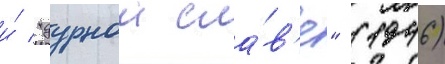
и́ "дурнои сла́в'е" (1946)